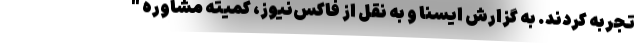
تجربه کردند. به گزارش ایسنا و به نقل از فاکس‌نیوز، کمیته مشاوره "